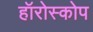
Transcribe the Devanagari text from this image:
हॉरोस्कोप